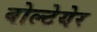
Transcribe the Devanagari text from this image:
वोल्टेयेर